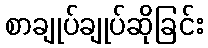
စာချုပ်ချုပ်ဆိုခြင်း